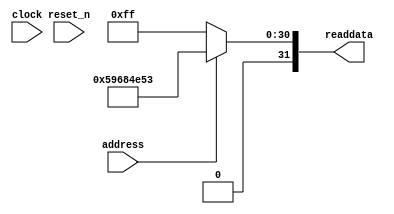
module soc_design_SystemID_10 (
                address,
                clock,
                reset_n,
                readdata
             )
;
  output  [ 31: 0] readdata;
  input            address;
  input            clock;
  input            reset_n;
  wire    [ 31: 0] readdata;
  assign readdata = address ? 1500008019 : 255;
endmodule